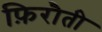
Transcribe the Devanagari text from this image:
फ़िरौती